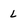
Character: l